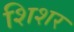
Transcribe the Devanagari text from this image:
शिशर